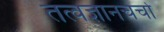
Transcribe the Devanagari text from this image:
तत्वज्ञानचर्चा